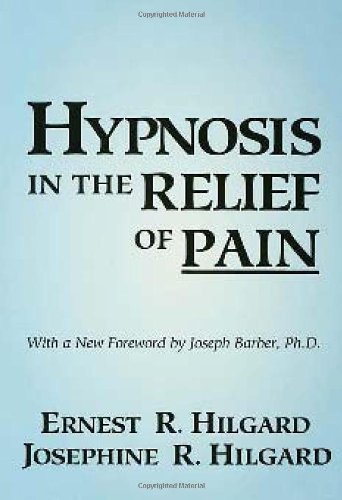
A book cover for Hypnosis In The Relief Of Pain; Ernest R. Hilgard; Health, Fitness & Dieting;